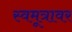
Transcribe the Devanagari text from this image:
स्वमूत्रावर